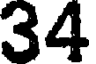
34